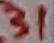
Text: 31